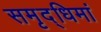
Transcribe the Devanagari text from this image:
समृद्धिमां